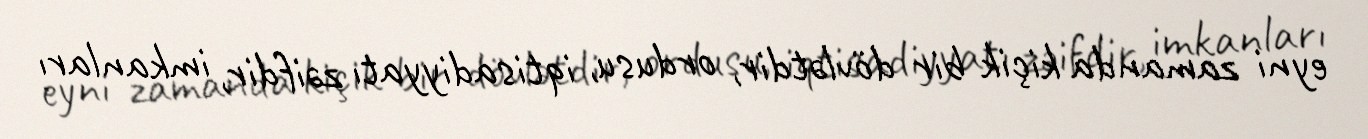
eyni zamanda kiçik bir dövlətdir, ordusu, iqtisadiyyatı zəifdir, imkanları